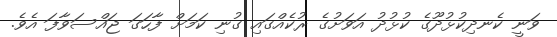
ވަނީ ކެނދިކުޅުދޫގެ ކުޅުދު އަވަށުގެ ރުކެއްގައި ގުނި ކަމަށް ފާހަގަ ޖައްސަވާފަ އެވެ.